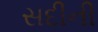
સદીની